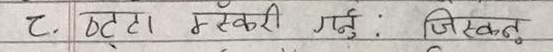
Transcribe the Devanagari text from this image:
८. छट्टा मस्करी गर्नु : जित्नु